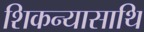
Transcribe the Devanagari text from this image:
शिकन्यासाथि